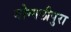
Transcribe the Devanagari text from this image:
गोग्गलीपुरा